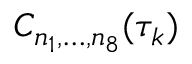
C _ { n _ { 1 } , \ldots , n _ { 8 } } ( \tau _ { k } )